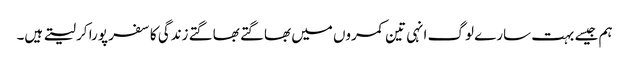
ہم جیسے بہت سارے لوگ انہی تین کمروں میں بھاگتے بھاگتے زندگی کا سفر پورا کر لیتے ہیں۔